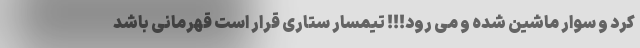
کرد و سوار ماشین شده و می رود!!! تیمسار ستاری قرار است قهرمانی باشد